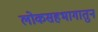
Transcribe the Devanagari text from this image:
लोकसहभागातुन